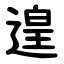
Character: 遑